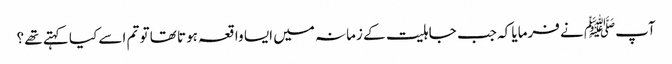
آپﷺ نے فرمایا کہ جب جاہلیت کے زمانہ میں ایسا واقعہ ہوتا تھا تو تم اسے کیا کہتے تھے ؟